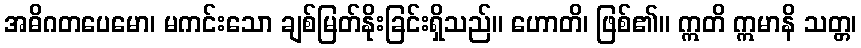
အဓိဂတပေမော၊ မကင်းသော ချစ်မြတ်နိုးခြင်းရှိသည်။ ဟောတိ၊ ဖြစ်၏။ ဣတိ ဣမာနိ သတ္တ၊